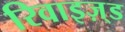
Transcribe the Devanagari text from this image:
रिवाइज़्ड